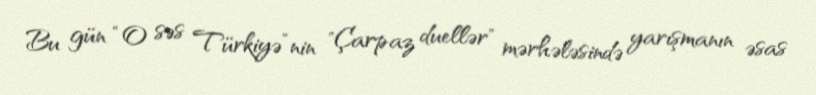
Bu gün “O səs Türkiyə”nin "Çarpaz duellər" mərhələsində yarışmanın əsas